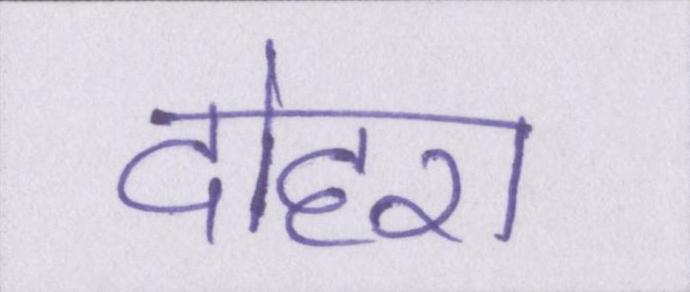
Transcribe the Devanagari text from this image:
दोहरा